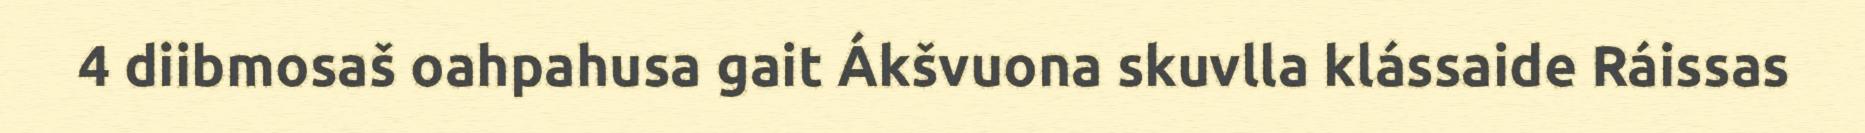
4 diibmosaš oahpahusa gait Ákšvuona skuvlla klássaide Ráissas